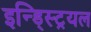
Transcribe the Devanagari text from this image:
इन्ड्स्ट्रियल